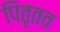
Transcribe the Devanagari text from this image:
पितृतव